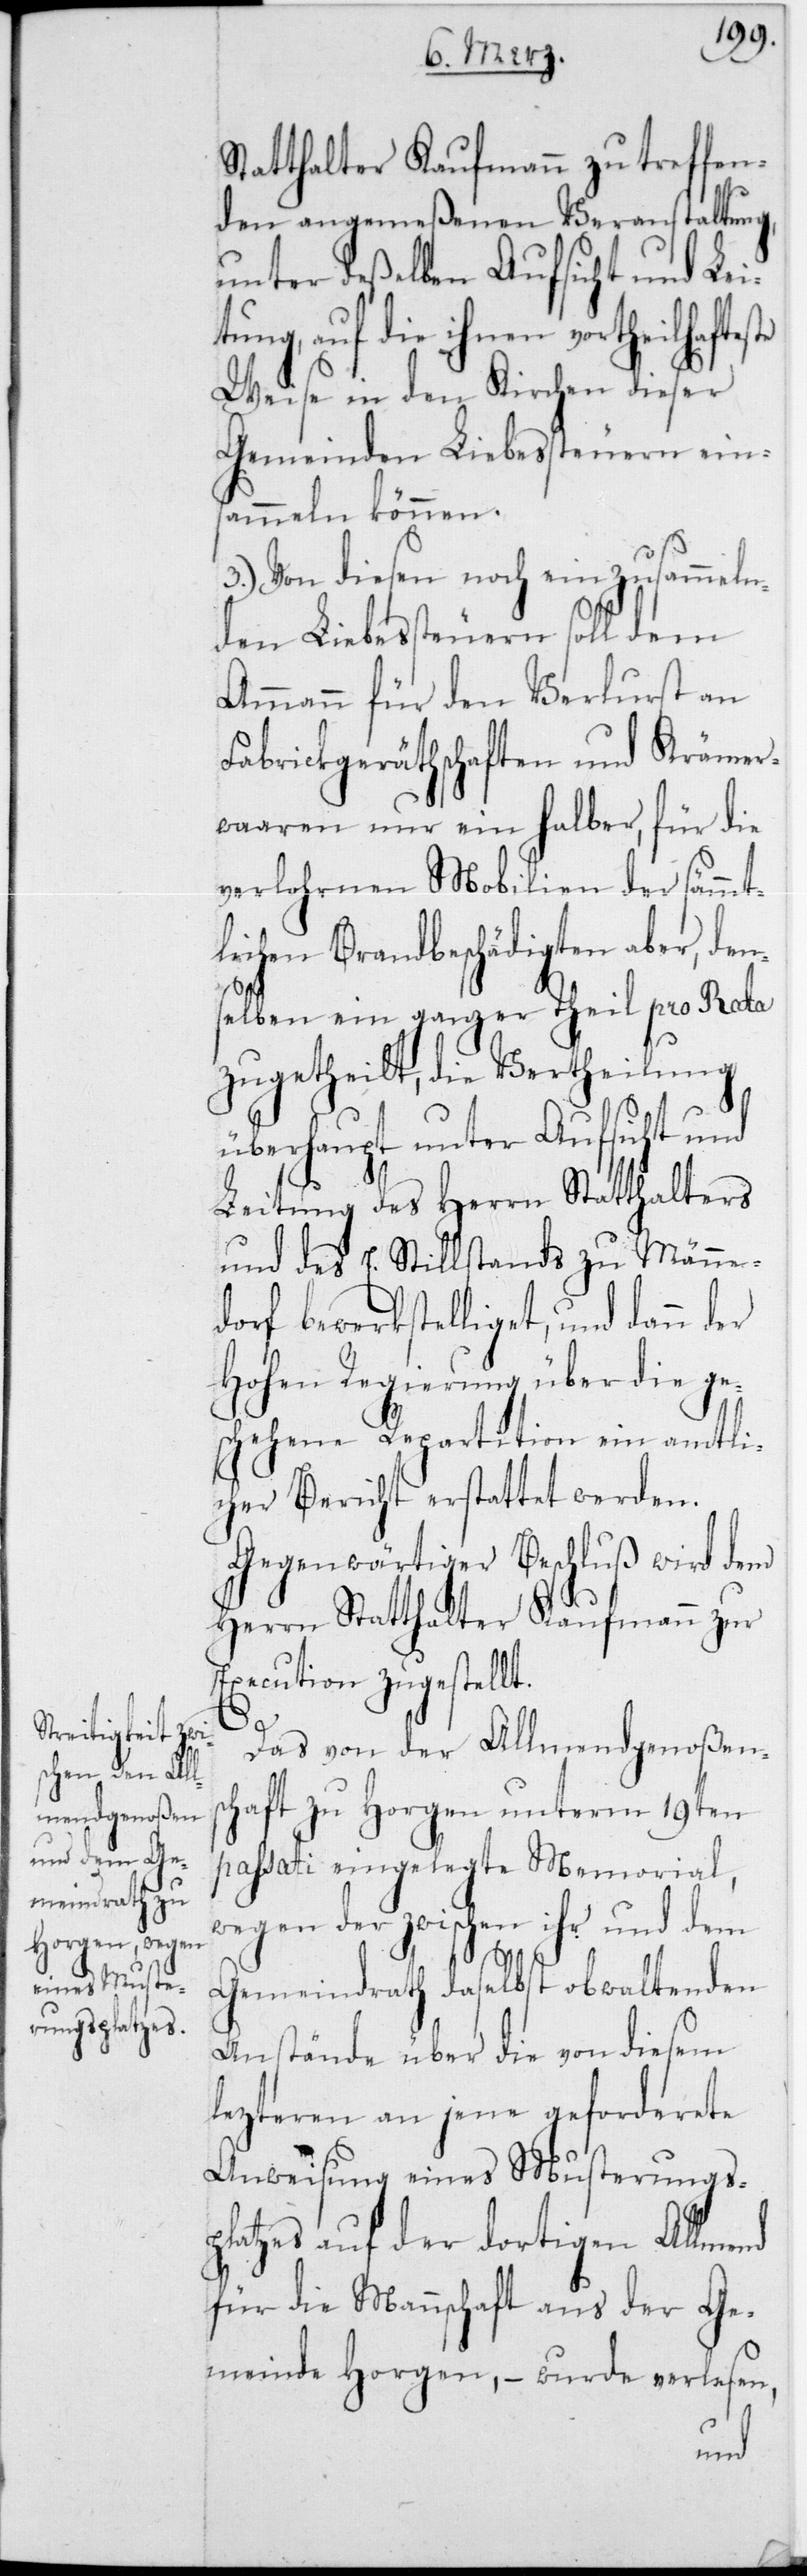
Statthalter Kaufmann zu treffen¬
den angemeßenen Veranstaltung,
unter deßelben Aufsicht und Lei¬
tung, auf die ihnen
Weise in den Kirchen dieser
Gemeinden Liebessteuern ein¬
sammeln können.
3.) Von diesen noch einzusammeln¬
den Liebessteuern soll dem
Ammann für den Verlust an
Fabrickgeräthschaften und Krämer¬
waaren nur ein halber, für die
verlohrnen Mobilien der sämt¬
lichen Brandbeschädigten aber, den¬
selben ein ganzer Theil pro Rata
zugetheilt, die Vertheilung
überhaupt unter Aufsicht
Leitung des Herrn Statthalters
und des E. Stillstands zu Männe¬
dorf bewerkstelliget, und dann
Hohen Regierung über die ge¬
schehene Repartition ein amtli¬
cher Bericht erstattet werden.
Gegenwärtiger Beschluß wird dem
Herrn Statthalter Kaufmann zur
Execution zugestell¬
Das von der Allmendgenoßens¬
chaft zu Horgen unterm 19ten
passati eingelegte Memorial,
wegen der zwischen ihr und dem
Gemeindrath daselbst obwaltenden
Anstände über die von diesem
letzteren an jene geforderete
Anweisung eines Musterungs¬
platzes auf der dortigen Allmend
für die Mannschaft aus der Ge¬
meinde Horgen, – wurde verlesen,
t.